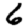
Digit: 6